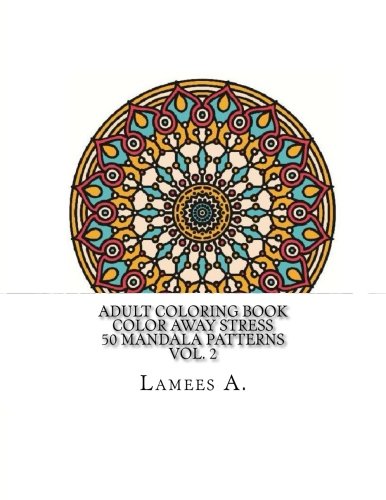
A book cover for Adult Coloring Book: Color Away Stress  50 Mandala Patterns  Vol. 2 (Adult Coloring Books); Lamees A.; Religion & Spirituality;